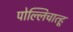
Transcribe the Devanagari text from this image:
पोल्लिचात्हू